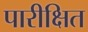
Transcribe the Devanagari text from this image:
पारीक्षित